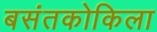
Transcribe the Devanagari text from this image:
बसंतकोकिला